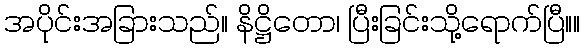
အပိုင်းအခြားသည်။ နိဋ္ဌိတော၊ ပြီးခြင်းသို့ရောက်ပြီ။။